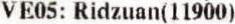
VE05: RIDZUAN(11900)